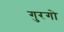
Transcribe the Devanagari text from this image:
गुरगो